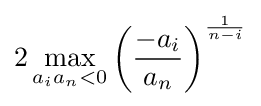
2\,{\max _{a_{i}a_{n}<0}}\left({\frac {-a_{i}}{a_{n}}}\right)^{\frac {1}{n-i}}